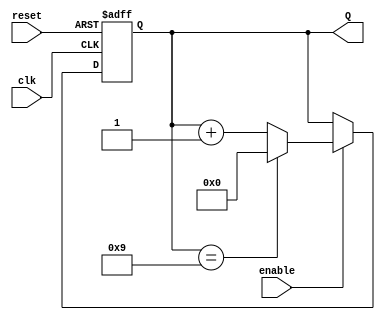
module decade_counter (
    input wire clk,        // Clock input
    input wire reset,      // Asynchronous reset input
    input wire enable,     // Enable input
    output reg [3:0] Q     // 4-bit output representing the count
);

// Always block triggered on the rising edge of the clock or the reset signal
always @(posedge clk or posedge reset) begin
    if (reset) begin
        Q <= 4'b0000; // Reset the counter to 0
    end else if (enable) begin
        if (Q == 4'b1001) begin
            Q <= 4'b0000; // Reset to 0 when count reaches 9
        end else begin
            Q <= Q + 1; // Increment the counter
        end
    end
end

endmodule